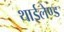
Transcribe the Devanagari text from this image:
थाईलेण्ड